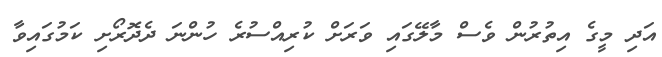
އަދި މީގެ އިތުރުން ވެސް މާލޭގައި ވަރަށް ކުރިއްސުރެ ހުންނަ ދެދޮރޯށި ކަމުގައިވާ